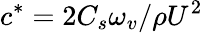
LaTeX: c^{*}=2C_{s}\omega_{v}/\rho U^{2}